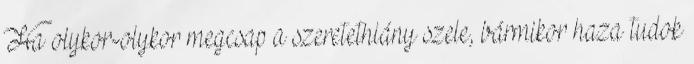
Ha olykor-olykor megcsap a szeretethiány szele, bármikor haza tudok